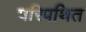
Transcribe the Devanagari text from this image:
परिपथित